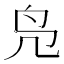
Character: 凫